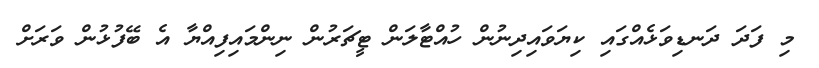
މި ފަދަ ދަނޑިވަޅެއްގައި ކިޔަވައިދިނުން ހުއްޓާލަން ޓީޗަރުން ނިންމައިފިއްޔާ އެ ބޭފުޅުން ވަރަށް